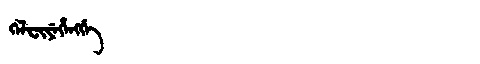
Manchu: ᡴᡝᠯᠸᡳᠶᡝᡥᡝᠩᡤᡝ
Romanization: KELFIYEHENGGE